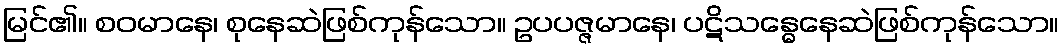
မြင်၏။ စဝမာနေ၊ စုနေဆဲဖြစ်ကုန်သော။ ဥပပဇ္ဇမာနေ၊ ပဋိသန္ဓေနေဆဲဖြစ်ကုန်သော။